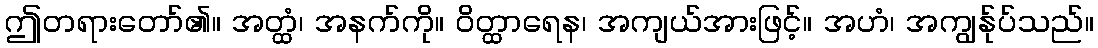
ဤတရားတော်၏။ အတ္ထံ၊ အနက်ကို။ ဝိတ္ထာရေန၊ အကျယ်အားဖြင့်။ အဟံ၊ အကျွန်ုပ်သည်။